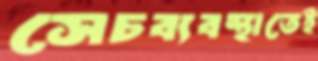
সেচব্যবস্থাতেই